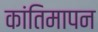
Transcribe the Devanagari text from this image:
कांतिमापन